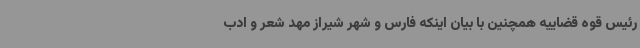
رئیس قوه قضاییه همچنین با بیان اینکه فارس و شهر شیراز مهد شعر و ادب